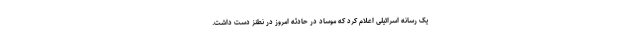
یک رسانه اسرائیلی اعلام کرد که موساد در حادثه امروز در نطنز دست داشت.